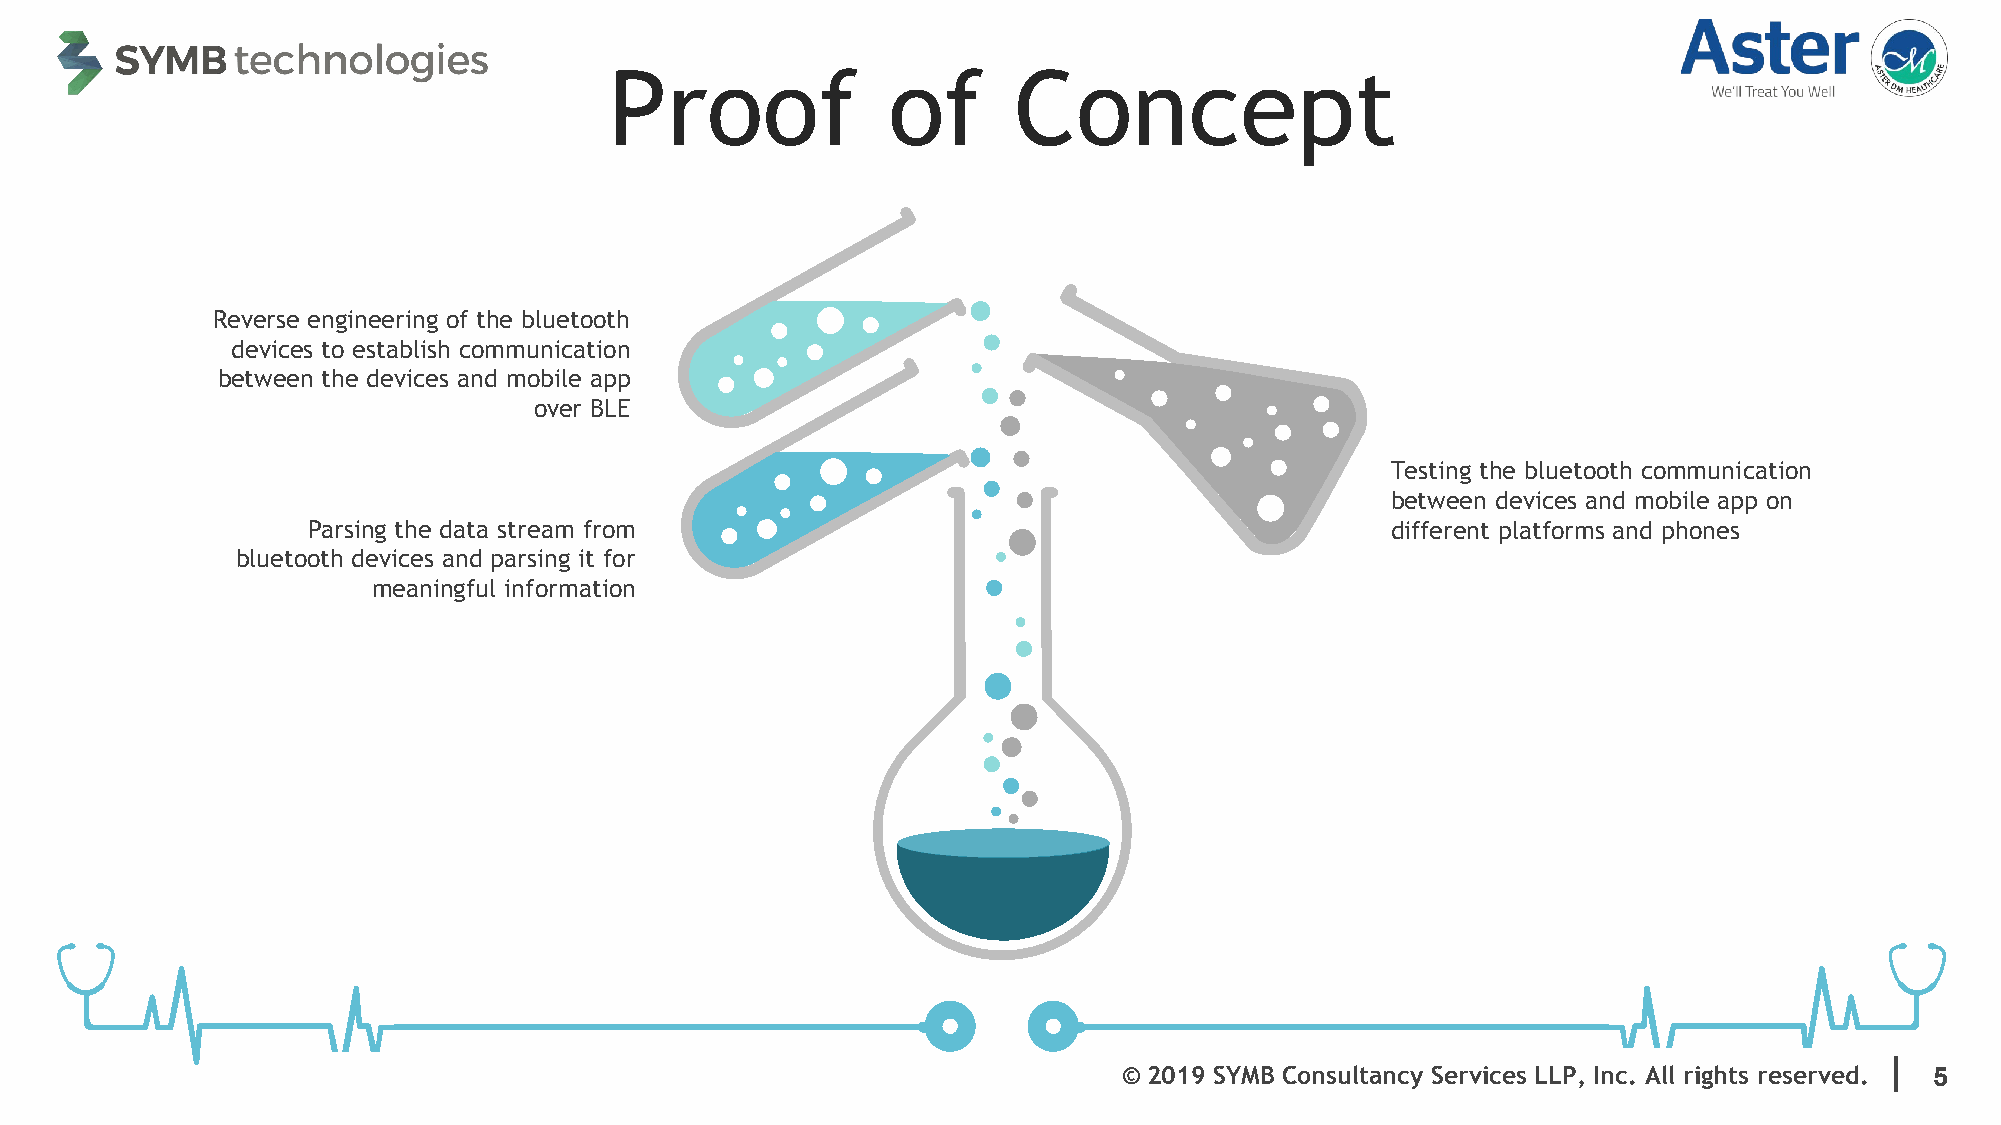
Proof              of      Concept
 Reverse engineering of the bluetooth
 devices to establish communication
 between the devices and mobile app
 over BLE
 Testing the bluetooth communication
 between devices and mobile app on
 Parsing the data stream from                                            different platforms and phones
 bluetooth devices and parsing it for
 meaningful information
 |
 © 2019 SYMB Consultancy Services LLP, Inc. All rights reserved. .5